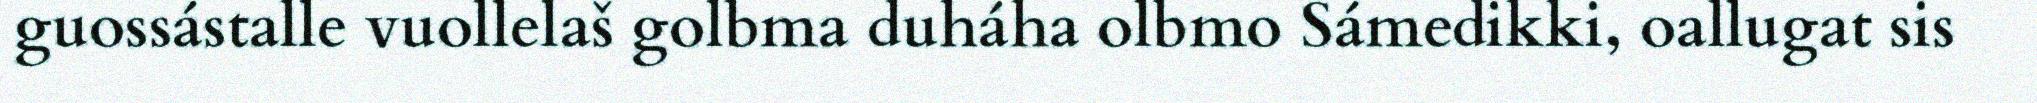
guossástalle vuollelaš golbma duháha olbmo Sámedikki, oallugat sis